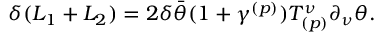
\delta ( L _ { 1 } + L _ { 2 } ) = 2 \delta \bar { \theta } ( 1 + \gamma ^ { ( p ) } ) T _ { ( p ) } ^ { \nu } \partial _ { \nu } \theta .